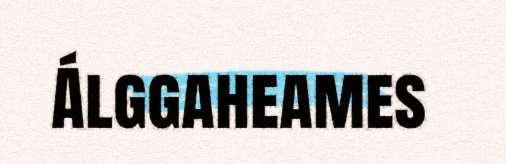
Álggaheames